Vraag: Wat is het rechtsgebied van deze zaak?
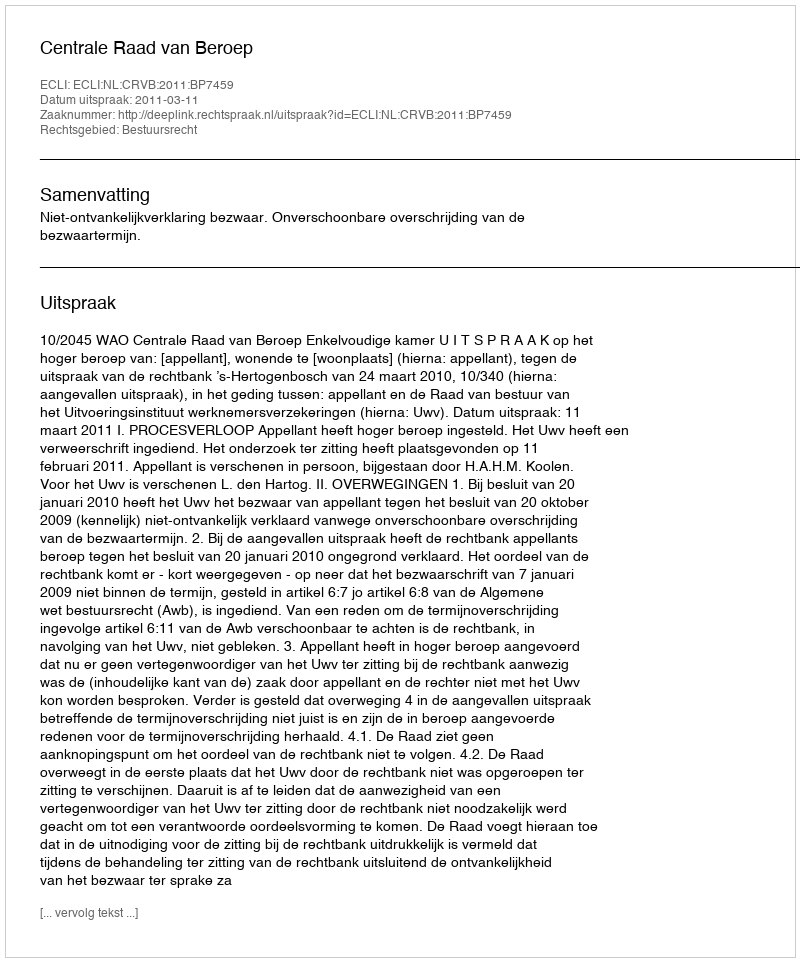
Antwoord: Bestuursrecht